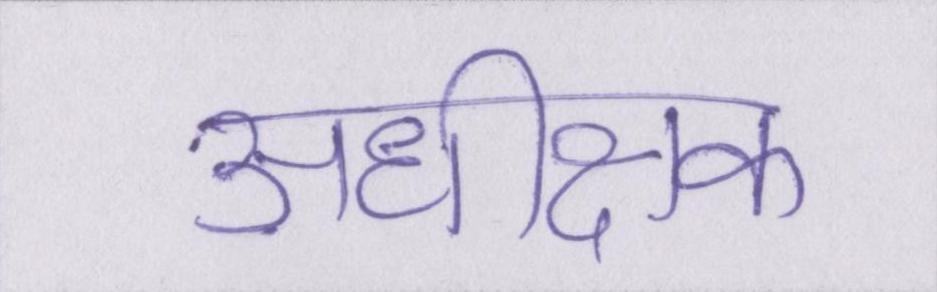
अधीक्षक